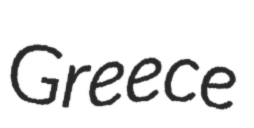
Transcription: Greece